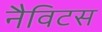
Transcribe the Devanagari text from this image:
नैविटस